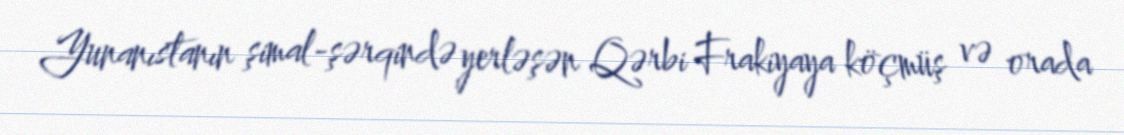
Yunanıstanın şimal-şərqində yerləşən Qərbi Frakiyaya köçmüş və orada